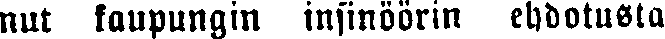
nul kaupungin insinöörin ehdotusta